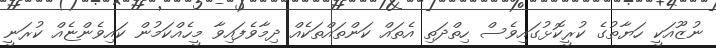
ނުޒޫއަކީ ހަޔާތުގެ ކުރީކޮޅުގައިވެސް ހިތްދަތި އެތައް ކަންތައްތަކެއް ދިމާވެފައިވާ މީހެއްކަމުން ކައިވެންޏެއް ކުރަނީ